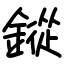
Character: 鏦